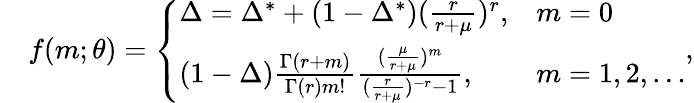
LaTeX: \begin{array}{rl}&{f(m;\theta)=\left\{ \begin{array}{ll}{\Delta=\Delta^{*}+(1-\Delta^{*})(\frac{r}{r+\mu})^{r},}&{m=0}\\ {(1-\Delta)\frac{\Gamma(r+m)}{\Gamma(r)m!}\frac{(\frac{\mu}{r+\mu})^{m}}{(\frac{r}{r+\mu})^{-r}-1},}&{m=1,2,\dots}\end{array}\right.,}\end{array}